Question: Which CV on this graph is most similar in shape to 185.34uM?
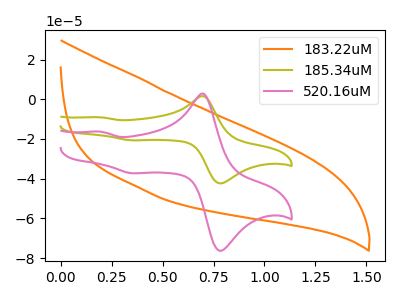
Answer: <think>The orange curve "183.22uM" has no peaks. The olive curve "185.34uM" has anodic peaks at (0.70V, 1.55uA) (0.20V, -9.10uA) and cathodic peaks at (0.80V, -42.10uA) (0.35V, -20.70uA). The pink curve "520.16uM" has anodic peaks at (0.70V, 2.75uA) (0.20V, -16.35uA) and cathodic peaks at (0.80V, -75.85uA) (0.35V, -37.30uA).
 "183.22uM" and "185.34uM" have a different number of peaks. "183.22uM" and "520.16uM" have a different number of peaks. All the peaks in "185.34uM" have a peak in "520.16uM" at the same potential.</think>
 <answer>The CV with the most similar shape to "520.16uM" is "185.34uM".</answer>
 <eval>"185.34uM"</eval>